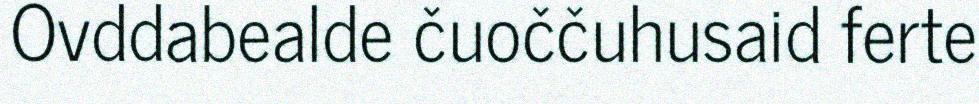
Ovddabealde čuoččuhusaid ferte